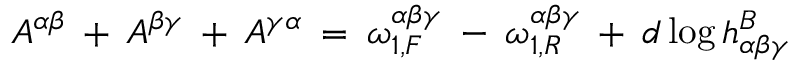
A ^ { \alpha \beta } \: + \: A ^ { \beta \gamma } \: + \: A ^ { \gamma \alpha } \: = \: \omega _ { 1 , F } ^ { \alpha \beta \gamma } \: - \: \omega _ { 1 , R } ^ { \alpha \beta \gamma } \: + \: d \log h _ { \alpha \beta \gamma } ^ { B }